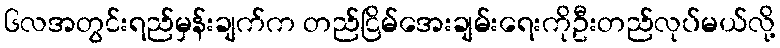
၆လအတွင်းရည်မှန်းချက်က တည်ငြိမ်အေးချမ်းရေးကိုဦးတည်လုပ်မယ်လို့